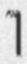
1